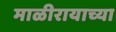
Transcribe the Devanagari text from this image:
माळीरायाच्या